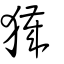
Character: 獩